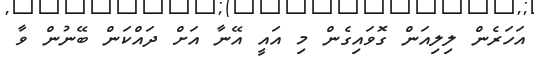
އަހަރެން ލިލިއަން ގޮވައިގެން މި އައީ އޭނާ އަށް ދައްކަންް ބޭނުން ވާ